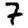
Digit: 7